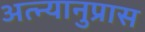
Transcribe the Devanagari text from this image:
अत्न्यानुप्रास